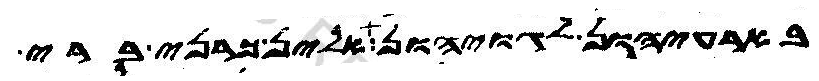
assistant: בארעיהון לגויהון אלין כרני ברי